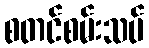
စတင်စမ်းသပ်